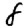
Digit: 8